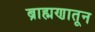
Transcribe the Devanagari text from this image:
ब्राह्मणातून